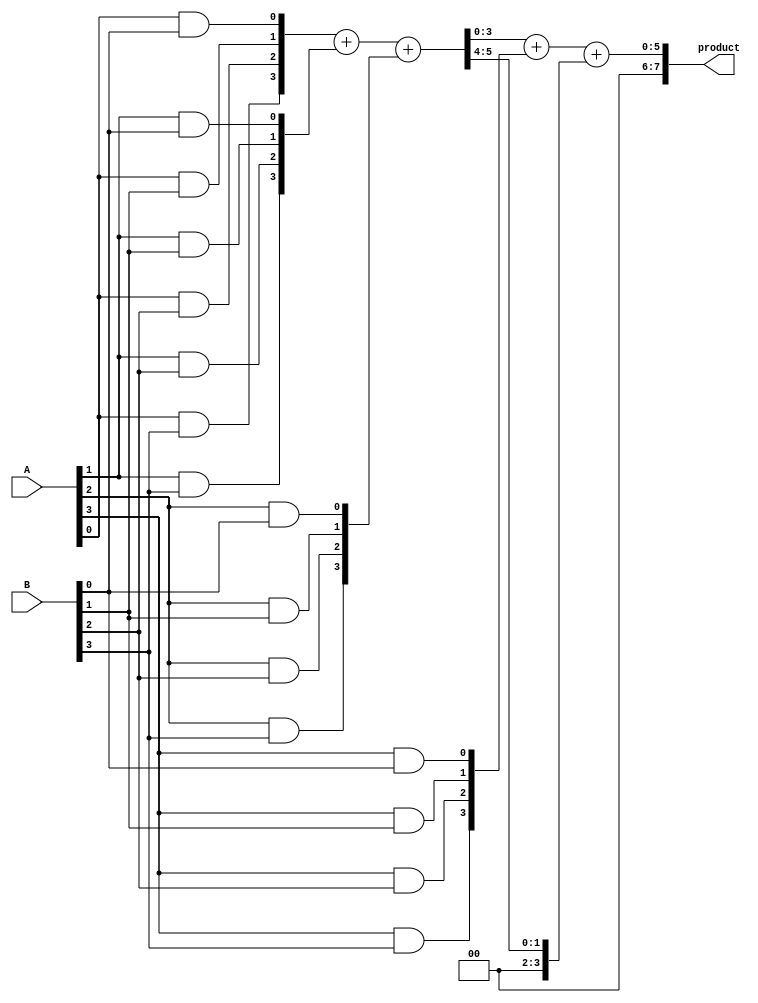
module wallace_tree_multiplier #(parameter N = 4) (
    input [N-1:0] A, // First input (n-bit)
    input [N-1:0] B, // Second input (n-bit)
    output [2*N-1:0] product // Output (2n-bit)
);
    
    // Generate Partial Products
    wire [N-1:0] pp [0:N-1]; // Partial product array

    genvar i, j;
    generate
        for (i = 0; i < N; i = i + 1) begin : pp_gen
            for (j = 0; j < N; j = j + 1) begin : pp_bit
                assign pp[i][j] = A[i] & B[j]; // AND gates for partial products
            end
        end
    endgenerate

    // Wallace Tree Reduction
    wire [N-1:0] sum [0:N-1];
    wire [N-1:0] carry [0:N-1];

    generate
        for (i = 0; i < N; i = i + 1) begin : wallace_tree
            if (i % 3 == 0 && i + 2 < N) begin
                // 3-to-2 CSA for every group of three rows
                assign {carry[i/3], sum[i/3]} = pp[i] + pp[i+1] + pp[i+2];
            end else if (i % 3 == 0 && i + 1 < N) begin
                // If only two rows are left
                assign {carry[i/3], sum[i/3]} = pp[i] + pp[i+1];
            end else if (i % 3 == 0) begin
                // If only one row is left
                assign sum[i/3] = pp[i];
            end
        end
    endgenerate
   
    // Final addition using a conventional adder
    wire [2*N:0] final_sum;
    assign final_sum = sum[0] + sum[1] + carry[0]; // Adding the last two rows and carry
    
    // Assign the final product output
    assign product = final_sum;

endmodule